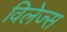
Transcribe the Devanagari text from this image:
विलेज्स